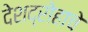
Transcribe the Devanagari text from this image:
देशद्रोहाचे